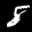
Label: 8